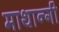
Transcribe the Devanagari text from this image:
माथान्गी